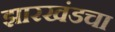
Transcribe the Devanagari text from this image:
झारखंडचा